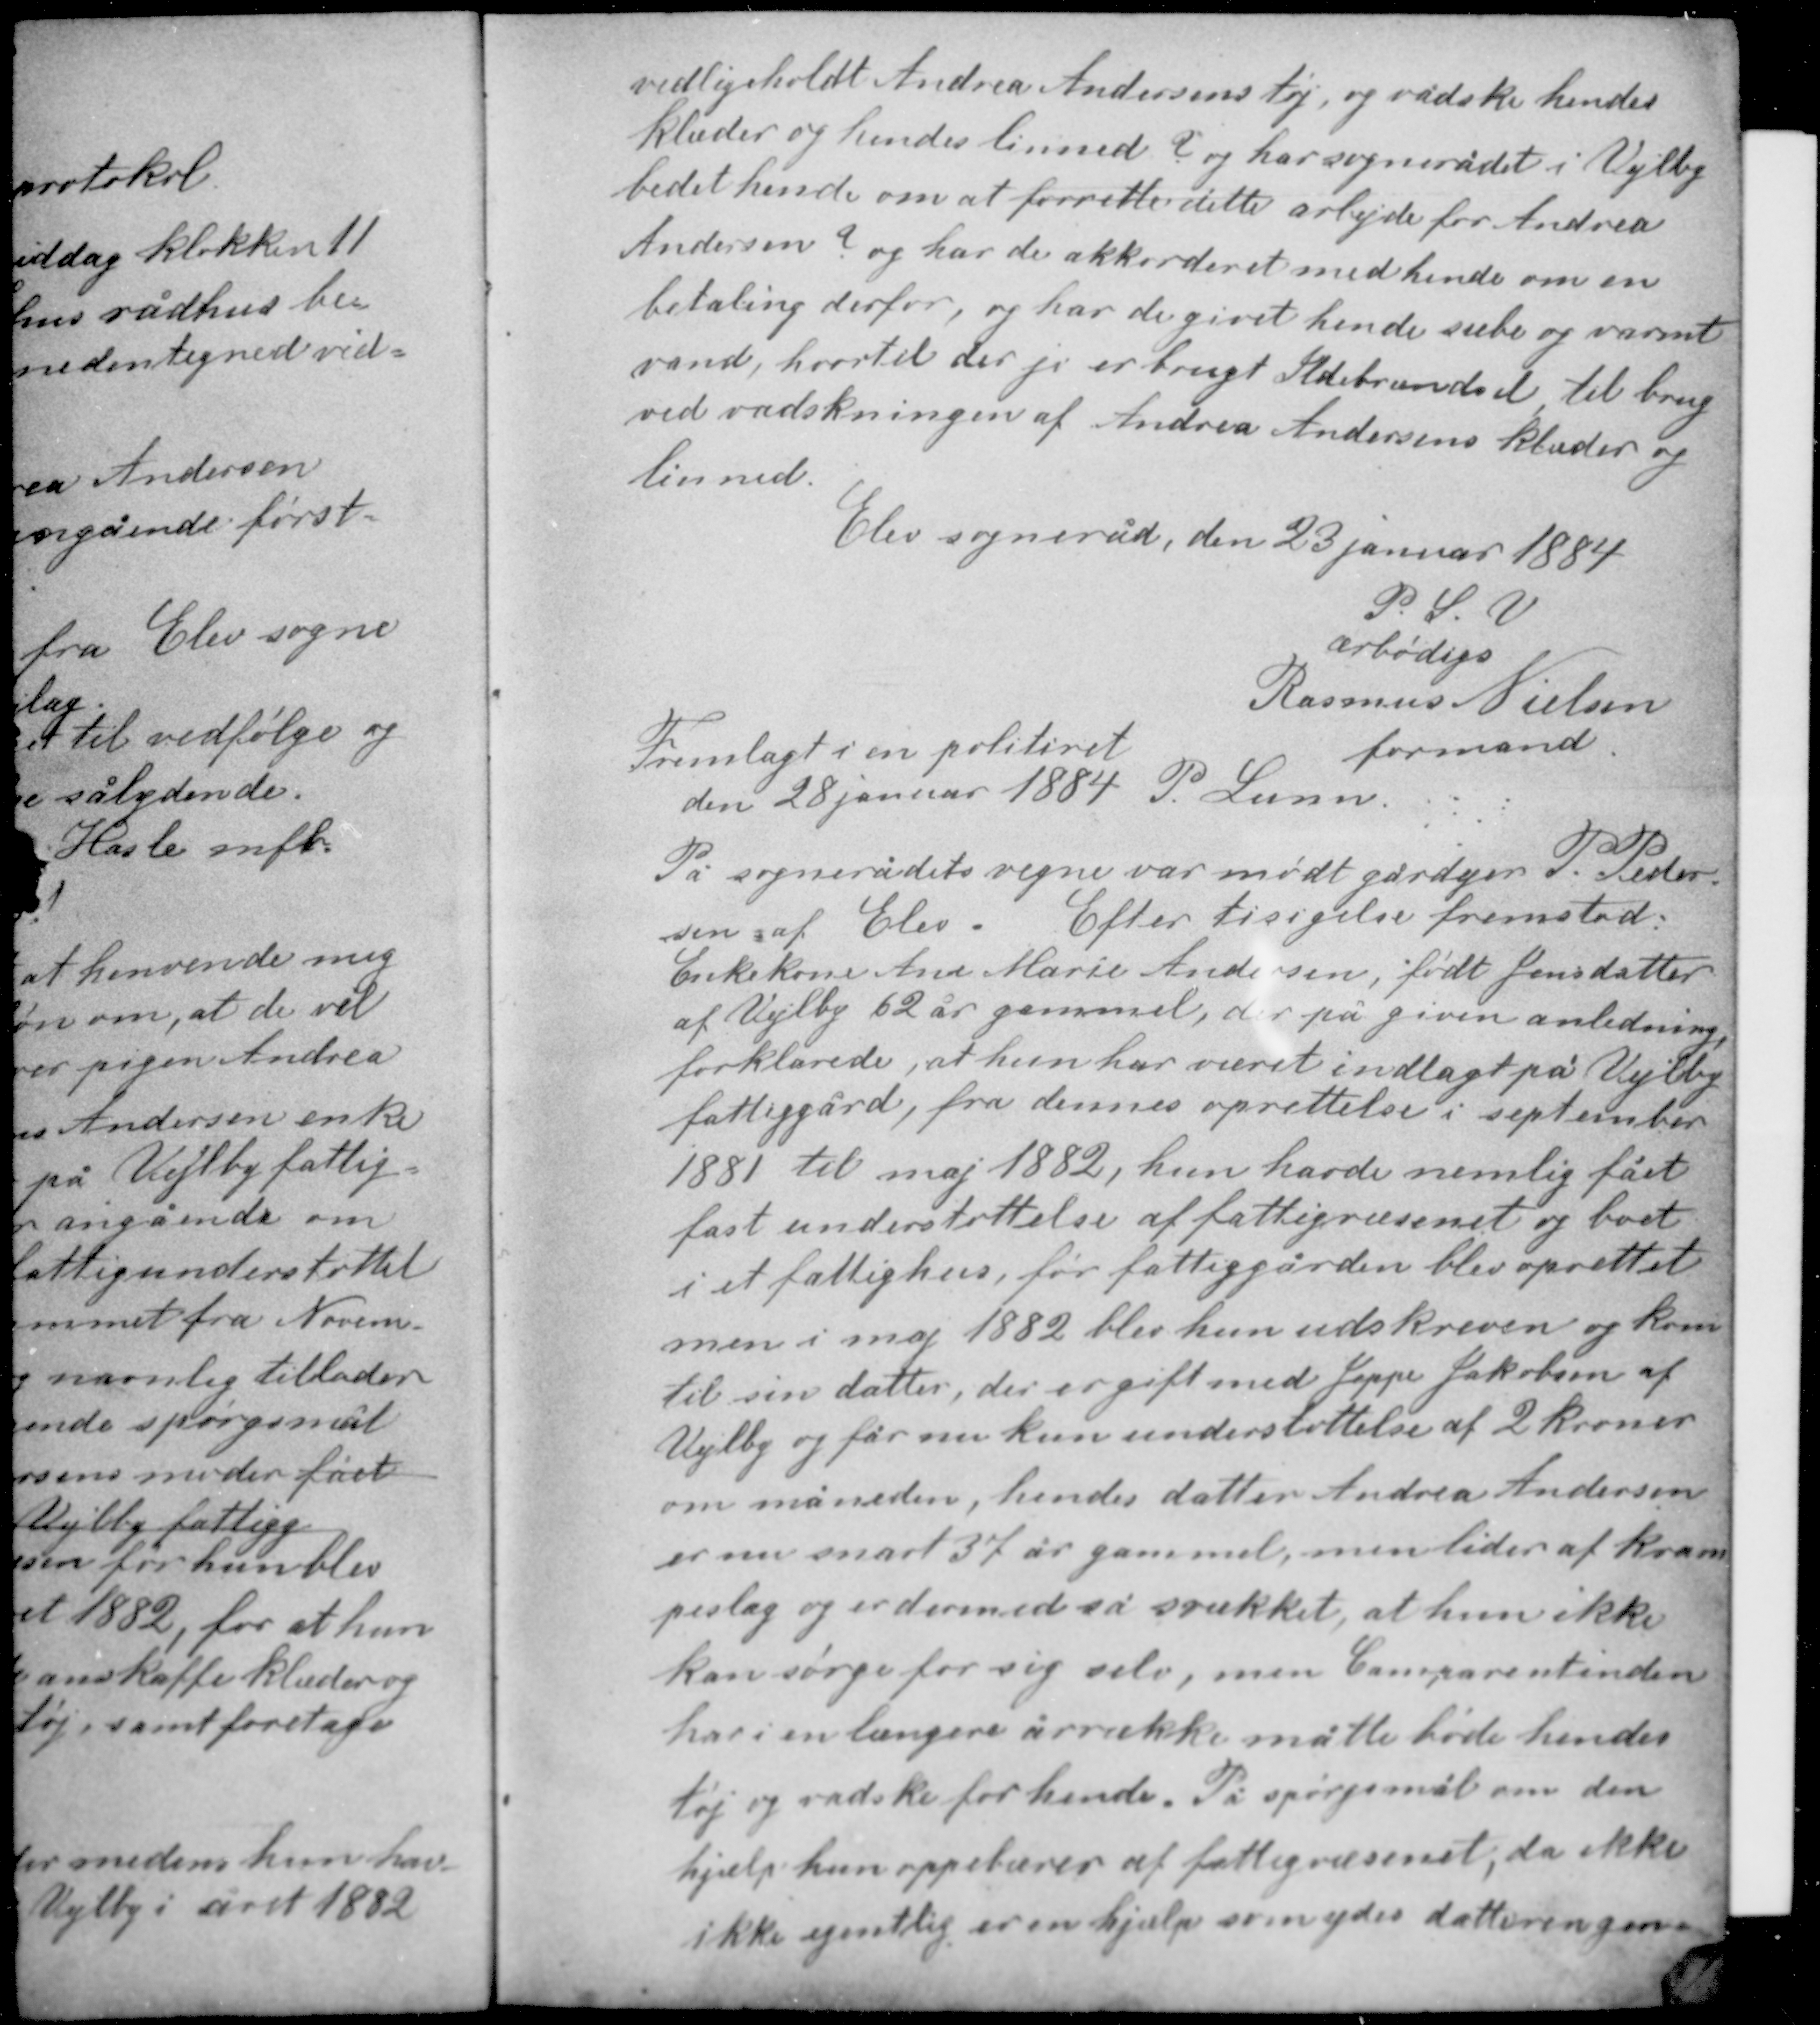
Transskription:
vedligeholdt Andrea Andersens tøj og vadske hendes
klæder og hendes linned? og har sognerådet i Vejlby
bedet hende om at forrette dette arbejde for Andrea
Andersen? og har de akkorderet med hende om en
betaling derfor, og har de givet hende sæbe og varmt
vand, hvortil der jo er brugt Ildebrændsel til brug
ved vadskningen af Andrea Andersens klæder og
linned.

Elev sogneråd, den 23 januar 1884
P. S. V.
ærbødigs
Rasmus Nielsen

Fremlagt i en politiret
den 28 januar 1884 P Lunn

formand

På sognerådets vegne var mødt gårdejer P. Peder-
sen af Elev. Efter tisigelse fremstod
Enkekone Ane Marie Andersen, født Jensdatter
af Vejlby 62 år gammel, der på given anledning,
forklarede, at hun har været indlagt på Vejlby
fattiggård, fra dennes oprettelse i september
1881 til maj 1882, hun havde nemlig fået
fast understøttelse af fattigvæsenet og boet
i et fattighus, før fattiggården blev oprettet

men i maj 1882 blev hun udskreven og kom
til sin datter, der er gift med Jeppe Jakobsen af
Vejlby og får nu kun understøttelse af 2 kroner
om måneden, hendes datter Andrea Andersen
er nu snart 37 år gammel, men lider af kram-
peslag og er dermed så svækket, at hun ikke
kan sørge for sig selv, men Comparentinden
har i en længere årrække måtte bøde hendes
tøj og vadske for hende. På spørgsmål om den
hjælp kun oppebærer af fattigvæsenet, da ikke
ikke egentlig er en hjælp er en ydes datteren gen-